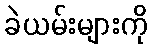
ခဲယမ်းများကို